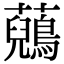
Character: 𧄷